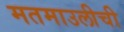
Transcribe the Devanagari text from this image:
मतमाउलीची